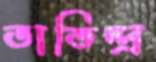
তাতিন্দ্র